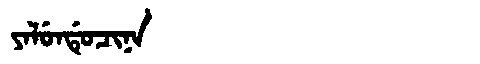
Manchu: ᠶᠠᠯᡠᠨᡩᡠᠴᡳᠨᠠ
Romanization: YALUNDUCINA